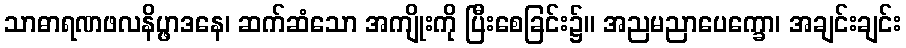
သာဓာရဏဖလနိပ္ဖာဒနေ၊ ဆက်ဆံသော အကျိုးကို ပြီးစေခြင်း၌။ အညမညာပေက္ခော၊ အချင်းချင်း